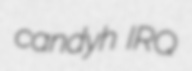
candyh IRQ